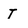
Character: T